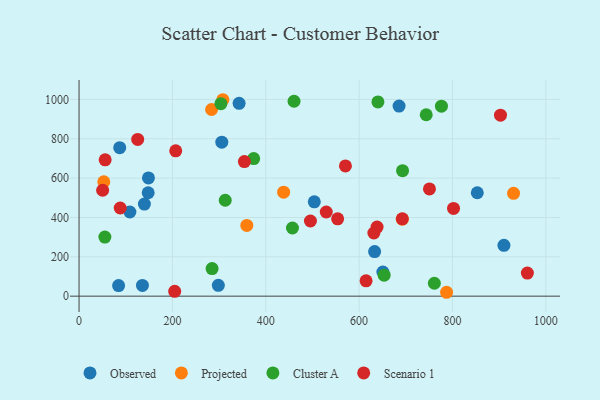
{"axis": {"x": "Experience", "y": "Salary"}, "legend": ["Cluster A", "Observed", "Projected", "Scenario 1"], "data": [{"x": "108.9", "y": 427.7, "type": "Observed"}, {"x": "650.9", "y": 122.9, "type": "Observed"}, {"x": "148.7", "y": 601.2, "type": "Observed"}, {"x": "633.2", "y": 226.8, "type": "Observed"}, {"x": "685.6", "y": 966.3, "type": "Observed"}, {"x": "910.3", "y": 258.4, "type": "Observed"}, {"x": "87.1", "y": 754.6, "type": "Observed"}, {"x": "504.0", "y": 479.7, "type": "Observed"}, {"x": "853.2", "y": 525.6, "type": "Observed"}, {"x": "298.4", "y": 55.1, "type": "Observed"}, {"x": "342.9", "y": 980.2, "type": "Observed"}, {"x": "305.8", "y": 782.8, "type": "Observed"}, {"x": "148.1", "y": 525.7, "type": "Observed"}, {"x": "135.8", "y": 54.4, "type": "Observed"}, {"x": "140.0", "y": 467.9, "type": "Observed"}, {"x": "84.7", "y": 53.8, "type": "Observed"}, {"x": "359.4", "y": 359.8, "type": "Projected"}, {"x": "283.9", "y": 948.7, "type": "Projected"}, {"x": "930.9", "y": 522.8, "type": "Projected"}, {"x": "787.4", "y": 19.8, "type": "Projected"}, {"x": "308.1", "y": 998.4, "type": "Projected"}, {"x": "692.5", "y": 391.2, "type": "Projected"}, {"x": "53.0", "y": 580.9, "type": "Projected"}, {"x": "438.3", "y": 528.7, "type": "Projected"}, {"x": "743.8", "y": 922.1, "type": "Cluster A"}, {"x": "303.9", "y": 978.1, "type": "Cluster A"}, {"x": "653.6", "y": 106.9, "type": "Cluster A"}, {"x": "460.6", "y": 990.7, "type": "Cluster A"}, {"x": "761.2", "y": 65.6, "type": "Cluster A"}, {"x": "55.3", "y": 300.2, "type": "Cluster A"}, {"x": "640.3", "y": 987.4, "type": "Cluster A"}, {"x": "457.2", "y": 346.5, "type": "Cluster A"}, {"x": "313.2", "y": 487.4, "type": "Cluster A"}, {"x": "776.4", "y": 965.4, "type": "Cluster A"}, {"x": "693.1", "y": 637.7, "type": "Cluster A"}, {"x": "374.1", "y": 699.2, "type": "Cluster A"}, {"x": "285.0", "y": 140.2, "type": "Cluster A"}, {"x": "692.6", "y": 393.3, "type": "Scenario 1"}, {"x": "55.9", "y": 692.7, "type": "Scenario 1"}, {"x": "207.1", "y": 738.8, "type": "Scenario 1"}, {"x": "125.6", "y": 796.5, "type": "Scenario 1"}, {"x": "902.9", "y": 919.7, "type": "Scenario 1"}, {"x": "614.9", "y": 78.1, "type": "Scenario 1"}, {"x": "529.6", "y": 427.8, "type": "Scenario 1"}, {"x": "554.0", "y": 393.3, "type": "Scenario 1"}, {"x": "750.7", "y": 545.0, "type": "Scenario 1"}, {"x": "638.5", "y": 351.0, "type": "Scenario 1"}, {"x": "495.7", "y": 382.0, "type": "Scenario 1"}, {"x": "50.5", "y": 538.4, "type": "Scenario 1"}, {"x": "802.3", "y": 446.0, "type": "Scenario 1"}, {"x": "354.2", "y": 684.0, "type": "Scenario 1"}, {"x": "570.7", "y": 662.0, "type": "Scenario 1"}, {"x": "88.2", "y": 448.0, "type": "Scenario 1"}, {"x": "631.6", "y": 321.1, "type": "Scenario 1"}, {"x": "960.5", "y": 117.6, "type": "Scenario 1"}, {"x": "204.9", "y": 24.4, "type": "Scenario 1"}]}